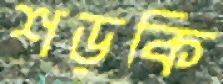
শড়কি